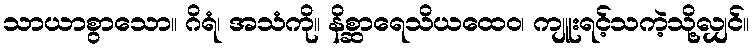
သာယာစွာသော။ ဂိရံ၊ အသံကို။ နိစ္ဆာရေသိယထေဝ၊ ကျူးရင့်သကဲ့သို့လျှင်။